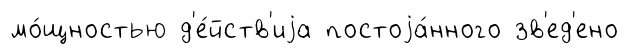
мо́щностью д'е́йств'иjа постоjа́нного зв'ед'ено